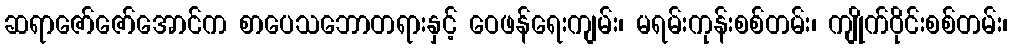
ဆရာဇော်ဇော်အောင်က စာပေသဘောတရားနှင့် ဝေဖန်ရေးကျမ်း၊ မရမ်းကုန်းစစ်တမ်း၊ ကျိုက်ဝိုင်းစစ်တမ်း၊